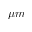
\mu m